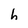
Character: h